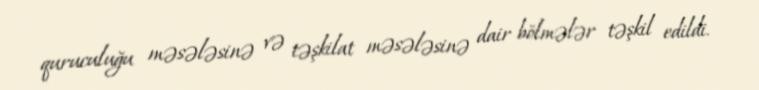
quruculuğu məsələsinə və təşkilat məsələsinə dair bölmələr təşkil edildi.